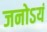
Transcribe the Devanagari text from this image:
जनोऽयं